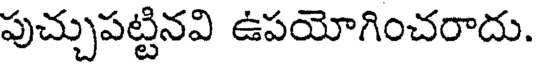
పుచ్చుపట్టినవి ఉపయోగించరాదు.